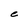
Character: e